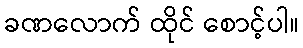
ခဏလောက် ထိုင် စောင့်ပါ။